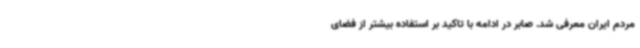
مردم ایران معرفی شد. صابر در ادامه با تاکید بر استفاده بیشتر از فضای